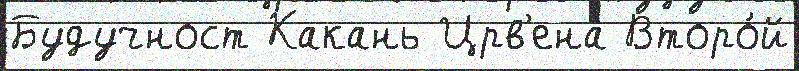
Будучност Какань Црв'ена Второ́й